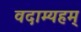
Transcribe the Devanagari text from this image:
वदाम्यहम्